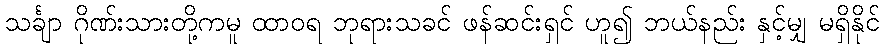
သင်္ချာ ဂိုဏ်းသားတို့ကမူ ထာဝရ ဘုရားသခင် ဖန်ဆင်းရှင် ဟူ၍ ဘယ်နည်း နှင့်မျှ မရှိနိုင်